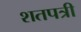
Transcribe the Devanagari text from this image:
शतपत्री